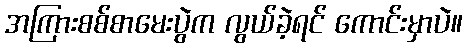
အကြားစစ်စာမေးပွဲက လွယ်ခဲ့ရင် ကောင်းမှာပဲ။